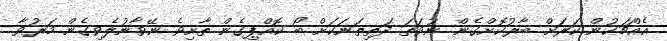
އެއްޗަކުން ކަރަށް ބާރުކޮށްގެން ނުވަތަ ދަތިތަނަކަށް ބޯ ކޮއްޕިގެން ތާށިވެ ނޭވާނުލެވިގެން މަރުވާ